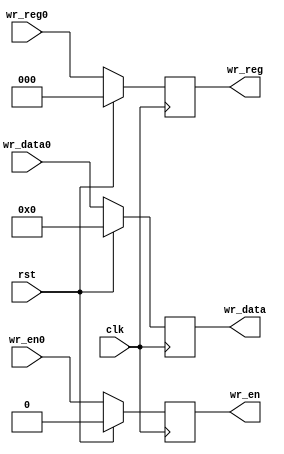
`timescale 1ns / 1ps
//////////////////////////////////////////////////////////////////////////////////
// Company: 
// Engineer: 
// 
// Design Name: 
// Module Name: WtoF
// Project Name: 
// Target Devices: 
// Tool Versions: 
// Description: 
// 
// Dependencies: 
// 
// Revision:
// Revision 0.01 - File Created
// Additional Comments:
// 
//////////////////////////////////////////////////////////////////////////////////


module MtoW(
    input clk,
    input rst,
    input [9:0] wr_data0,
    input wr_en0,
    input [2:0] wr_reg0,
    output reg [9:0] wr_data,
    output reg wr_en,
    output reg [2:0] wr_reg
    );
    
    always@(posedge clk) begin
        if (rst == 1) begin
            wr_data = 0;
            wr_en = 0;
            wr_reg = 0;
        end
        else begin
            wr_data = wr_data0;
            wr_en = wr_en0;
            wr_reg = wr_reg0;
        end
    end
endmodule